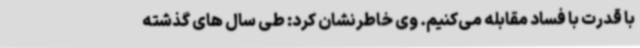
با قدرت با فساد مقابله می‌کنیم. وی خاطرنشان کرد: طی سال های گذشته